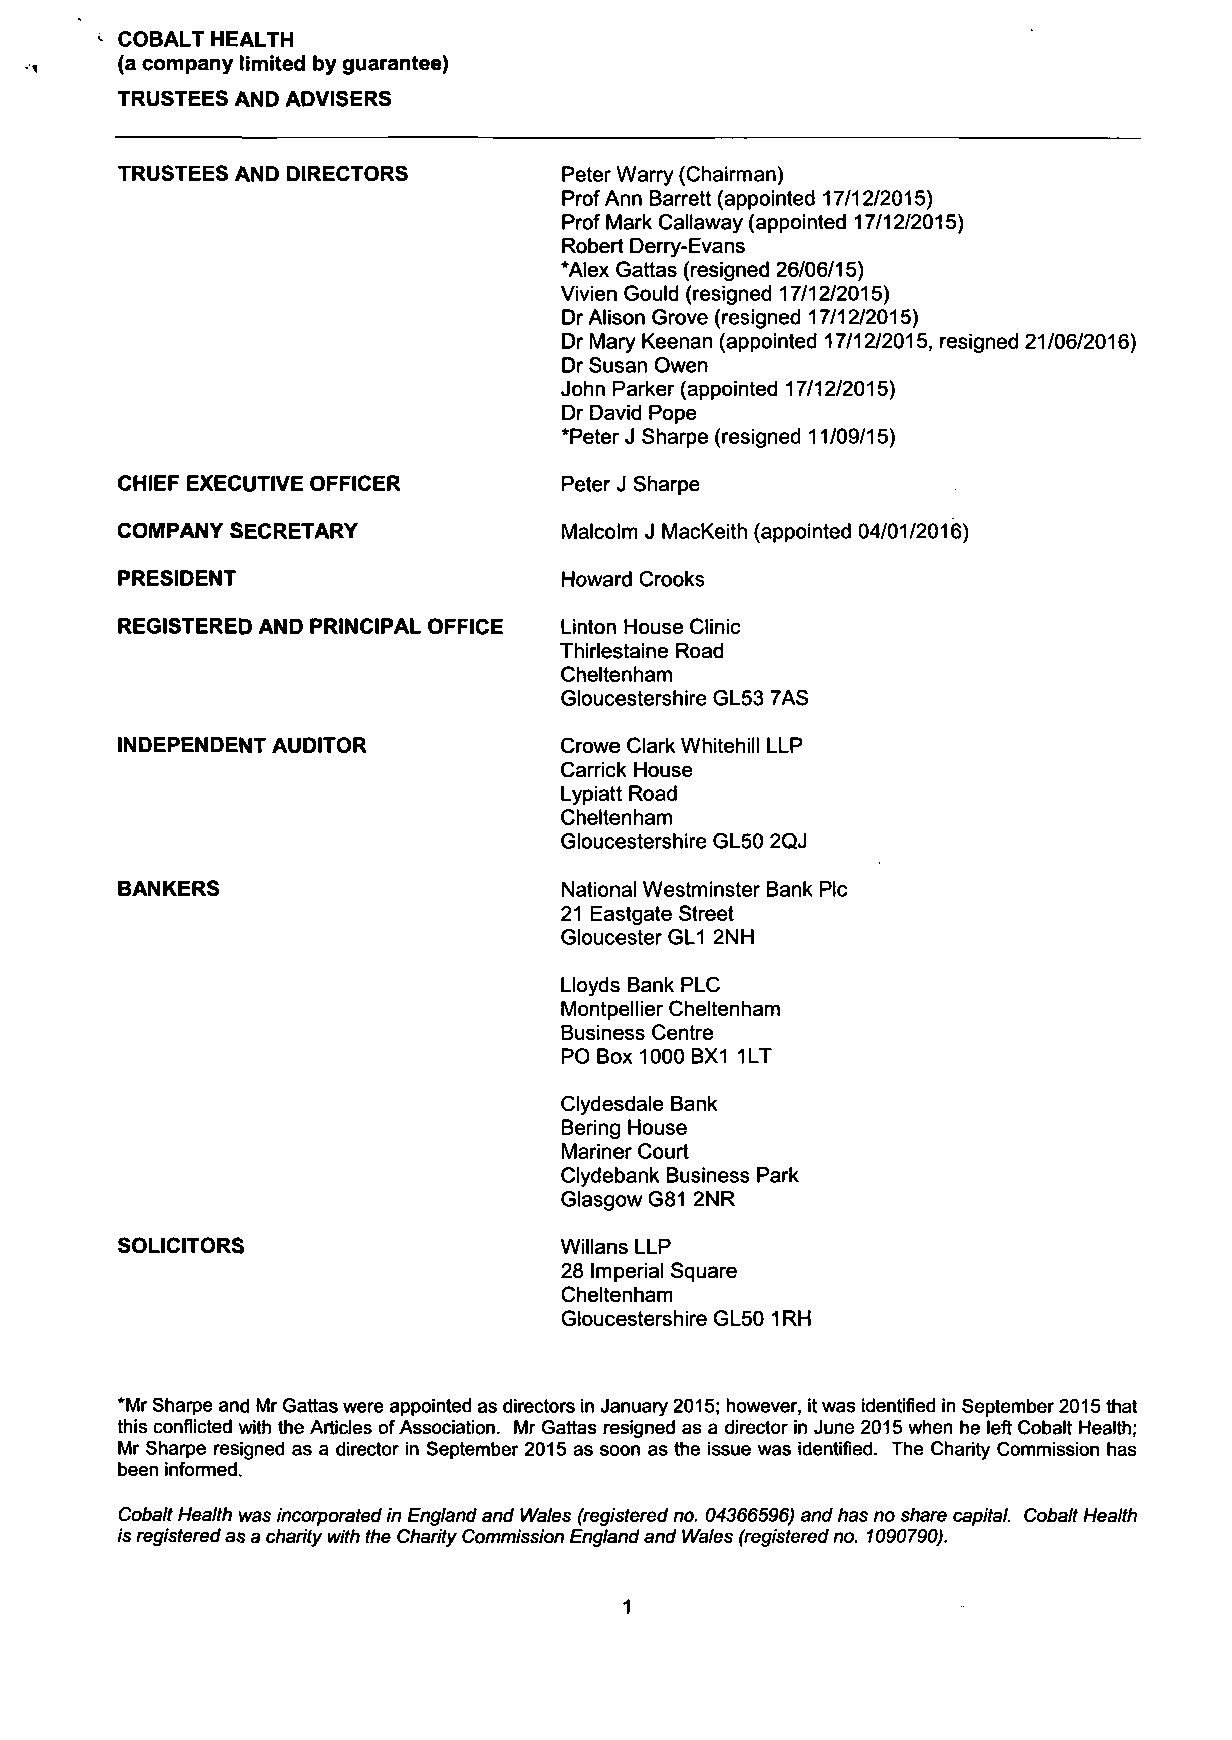
<• COBALT HEALTH
 (a company limited by guarantee)
 TRUSTEES AND ADVISERS
 TRUSTEES AND DIRECTORS       Peter Warry (Chairman)
 Prof Ann Barrett (appointed 17/12/2015)
 Prof Mark Callaway (appointed 17/12/2015)
 Robert Derry-Evans
 *Alex Gattas (resigned 26/06/15)
 Vivien Gould (resigned 17/12/2015)
 Dr Alison Grove (resigned 17/12/2015)
 Dr Mary Keenan (appointed 17/12/2015, resigned 21/06/2016)
 Dr Susan Owen
 John Parker (appointed 17/12/2015)
 Dr David Pope
 *Peter J Sharpe (resigned 11/09/15)
 CHIEF EXECUTIVE OFFICER
 Peter J Sharpe
 COMPANY SECRETARY
 Malcolm J MacKeith (appointed 04/01/2016)
 PRESIDENT
 Howard Crooks
 Linton House Clinic
 Thirlestaine Road
 Cheltenham
 REGISTERED AND PRINCIPAL OFFICE
 Gloucestershire GL53 7AS
 Crowe Clark Whitehill LLP
 Carrick House
 Lypiatt Road
 INDEPENDENT AUDITOR
 Cheltenham
 Gloucestershire GL50 2QJ
 BANKERS                      National Westminster Bank Plc
 21 Eastgate Street
 Gloucester GL1 2NH
 Lloyds Bank PLC
 Montpellier Cheltenham
 Business Centre
 PO Box 1000 BX1 1LT
 Clydesdale Bank
 Bering House
 Mariner Court
 Clydebank Business Park
 Glasgow G81 2NR
 SOLICITORS                   Willans LLP
 28 Imperial Square
 Cheltenham
 Gloucestershire GL50 1 RH
 *Mr Sharpe and Mr Gattas were appointed as directors in January 2015; however, it was identified in September 2015 that
 this conflicted with the Articles of Association. Mr Gattas resigned as a director in June 2015 when he left Cobalt Health;
 Mr Sharpe resigned as a director in September 2015 as soon as the issue was identified. The Charity Commission has
 been informed.
 Cobalt Health was incorporated in England and Wales (registered no. 04366596) and has no share capital. Cobalt Health
 is registered as a charity with the Charity Commission England and Wales (registered no. 1090790).
 1